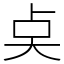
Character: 奌